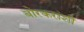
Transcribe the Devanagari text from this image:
बोरकरांशी